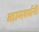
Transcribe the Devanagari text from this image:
कामवर्धनी